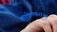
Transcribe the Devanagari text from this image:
कालेलकरांचा